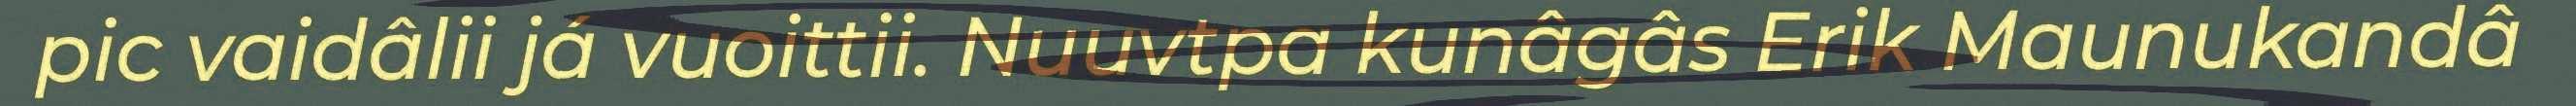
pic vaidâlii já vuoittii. Nuuvtpa kunâgâs Erik Maunukandâ